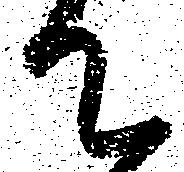
て